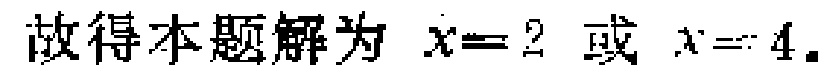
故得本题解为 \(x = 2\) 或 \(x = 4\).